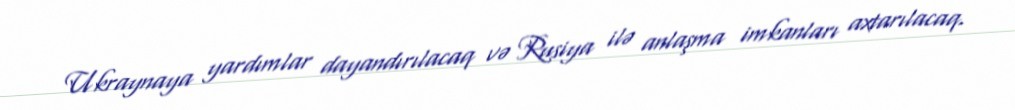
Ukraynaya yardımlar dayandırılacaq və Rusiya ilə anlaşma imkanları axtarılacaq.